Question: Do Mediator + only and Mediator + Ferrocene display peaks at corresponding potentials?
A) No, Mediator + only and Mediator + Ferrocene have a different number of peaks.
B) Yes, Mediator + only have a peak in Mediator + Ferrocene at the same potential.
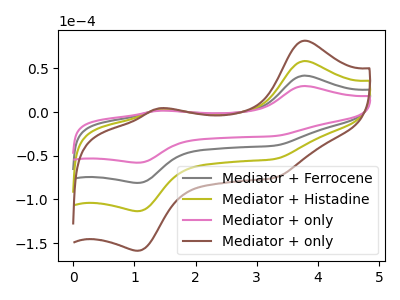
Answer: <think>The gray curve "Mediator + Ferrocene" has anodic peaks at (3.75V, 41.75uA) (1.40V, 2.15uA) and cathodic peaks at (1.05V, -81.15uA) (3.30V, -38.45uA). The olive curve "Mediator + Histadine" has anodic peaks at (3.75V, 83.50uA) (1.40V, 4.25uA) and cathodic peaks at (1.05V, -162.30uA) (3.30V, -76.90uA). The pink curve "Mediator + only" has anodic peaks at (3.75V, 29.85uA) (1.40V, 1.50uA) and cathodic peaks at (1.05V, -58.00uA) (3.30V, -27.50uA). The brown curve "Mediator + only" has anodic peaks at (3.75V, 125.25uA) (1.40V, 6.40uA) and cathodic peaks at (1.05V, -243.45uA) (3.30V, -115.40uA).</think>
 <answer>B) Yes, "Mediator + only" have a peak in "Mediator + Ferrocene" at the same potential.</answer>
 <eval>B</eval>